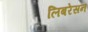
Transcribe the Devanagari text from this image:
लिबरेसन